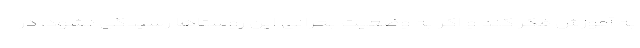
به آموزش فکر کند و اگر به وضعیت بحرانی این روستاها رسیدگی نشود، در